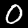
Digit: 0